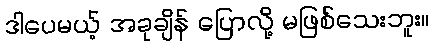
ဒါပေမယ့် အခုချိန် ပြောလို့ မဖြစ်သေးဘူး။